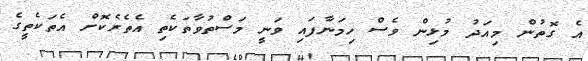
އެ ގޮތުން މިއަދު މުޅިން ވެސް ހިމަނާފައި ވަނީ މަސްތުވާތަކެތި އެތެރެކޮށް އެތަކެތީގެ